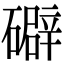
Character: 礔